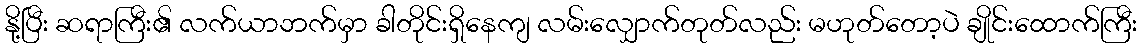
နို့ပြီး ဆရာကြီး၏ လက်ယာဘက်မှာ ခါတိုင်းရှိနေကျ လမ်းလျှောက်တုတ်လည်း မဟုတ်တော့ပဲ ချိုင်းထောက်ကြီး